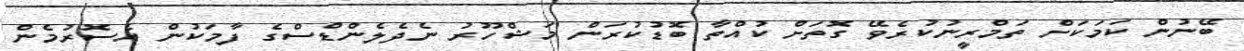
ބޭނުން ކަމަކަށް ތަމްރީނުކުރެވޭ ގޮތަށް ކުއްތާ ބޮޑުކުރަން މަޝްހޫރު ނެދެލެންޑްސްގެ ފާމަކުން އެސޮރުމެން